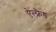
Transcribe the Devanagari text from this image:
ऐल्फ़्रैड